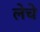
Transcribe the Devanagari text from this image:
लेचे